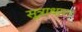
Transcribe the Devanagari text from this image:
सूत्राधार।